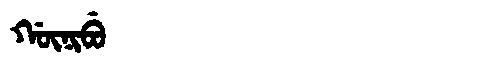
Manchu: ᡤᡡᠨᡳᠪᡠ
Romanization: GŪNIBU